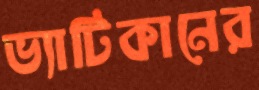
ভ্যাটিকানের